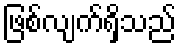
ဖြစ်လျက်ရှိသည်